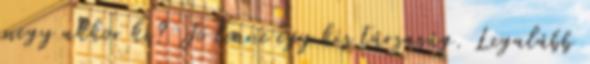
megy akkor ki? Jó lenne egy kis társaság. Legalább